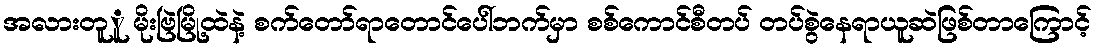
အလားတူူ မိုးဗြဲမြို့ထဲနဲ့ စက်တော်ရာတောင်ပေါ်ဘက်မှာ စစ်ကောင်စီတပ် တပ်စွဲနေရာယူဆဲဖြစ်တာကြောင့်